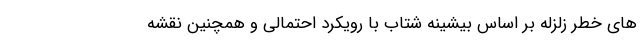
های خطر زلزله بر اساس بیشینه شتاب با رویکرد احتمالی و همچنین نقشه